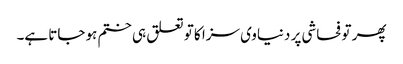
پھر تو فحاشی پر دنیاوی سزا کا تو تعلق ہی ختم ہو جاتا ہے۔